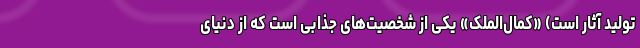
تولید آثار است) «کمال‌الملک» یکی از شخصیت‌های جذابی است که از دنیای